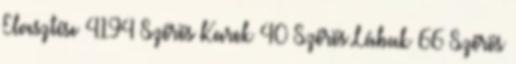
Elvesztése 4194 Szőrös Karok 40 Szőrös Lábak 66 Szőrös